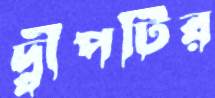
দ্বীপটির